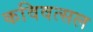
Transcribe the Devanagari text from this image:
कविवत्सल